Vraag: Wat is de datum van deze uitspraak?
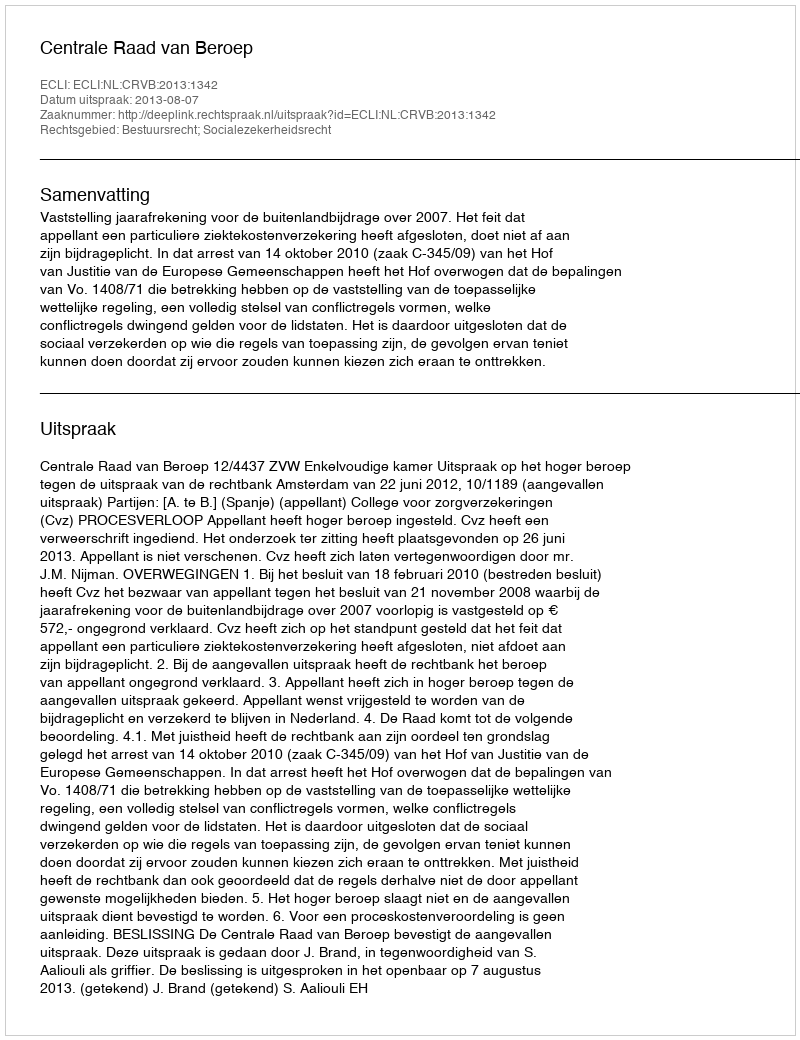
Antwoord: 2013-08-07